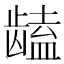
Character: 𱌻